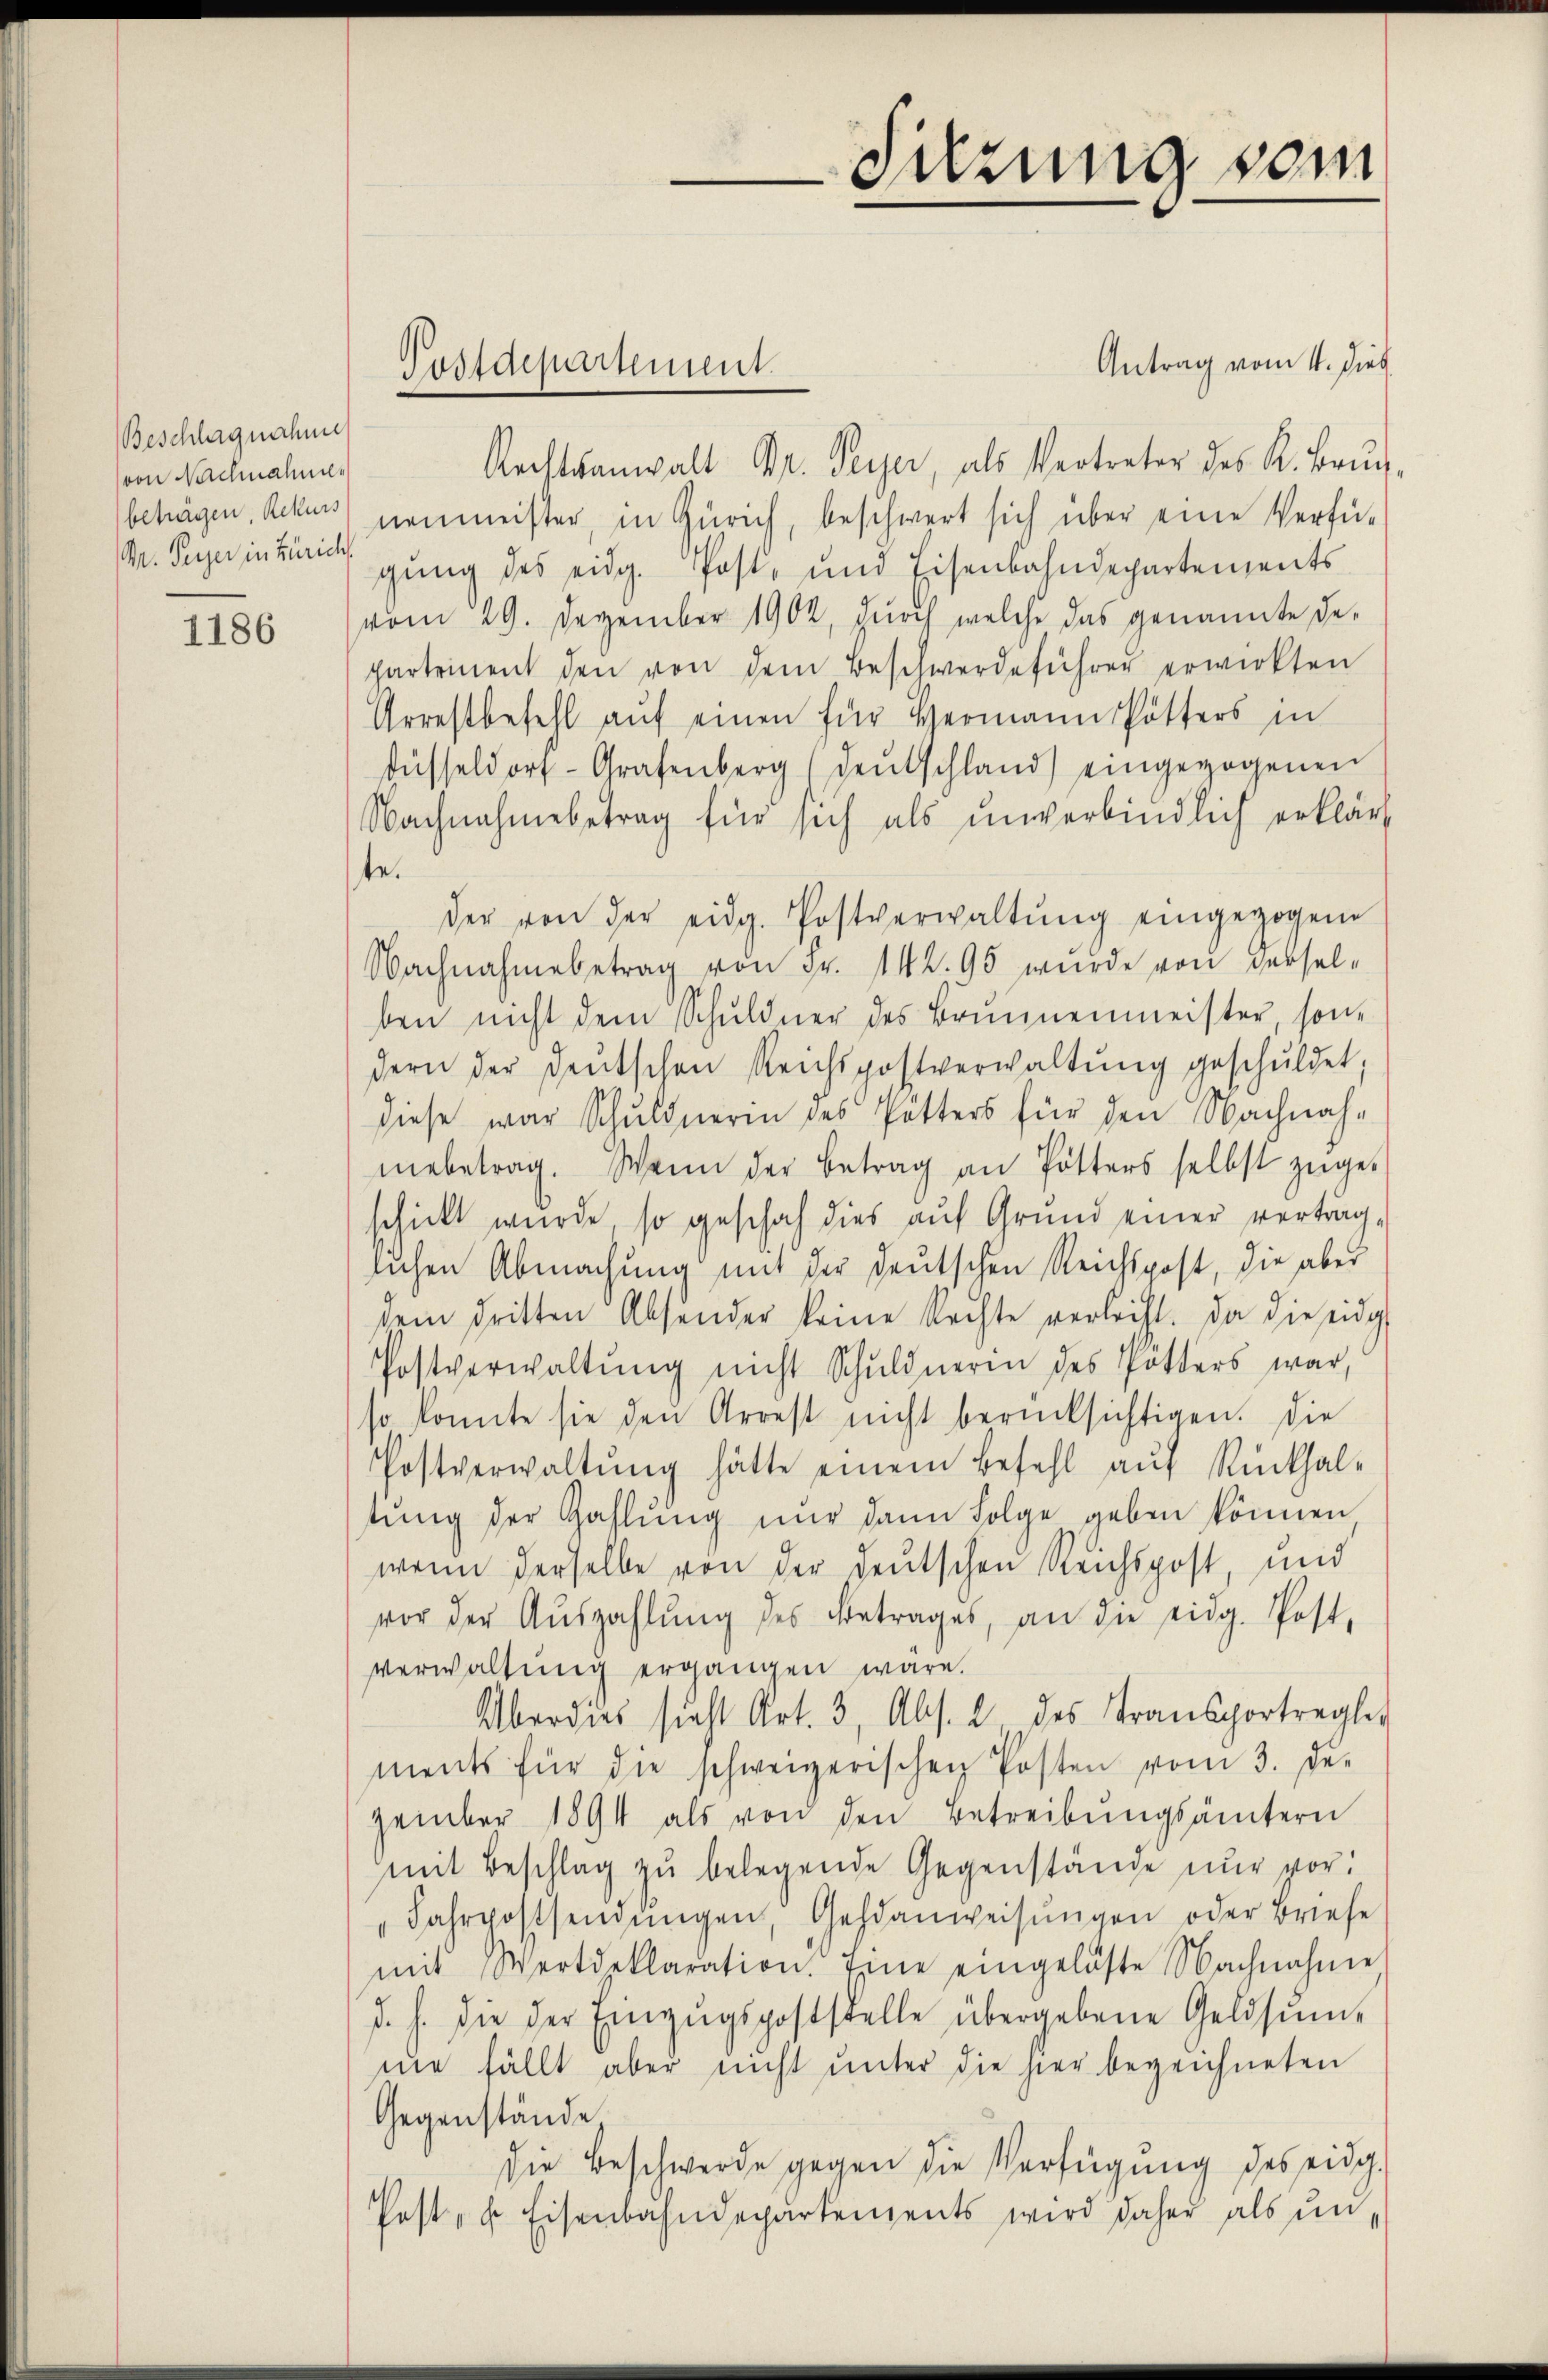
Beschlagnahme
von Nachnahmen
M. Perger in Zürich

1186

Antrag vom 4. dies
Rechtsanwalt Dr. Peyer, als Vertreter des R. Bruch
beträgen, Rekurs, nenmeister, in Zürich, beschwert sich über eine Verfü-
gŭng des eidg. Post- und Eisenbahndepartements
vom 29. Dezember 1902, durch welche das genannte de-
partement den von dem Beschwerdeführer erwirkten
Arrestbefehl aŭf einen für Hermann Pötters in
Füsseldorf- Grafenberg (deŭtschland) eingezogenen
Nachnahmebetrag für sich als unverbindlich erklärt
te.
der von der eidg. Postverwaltŭng eingezogen
Nachnahmebetrag von Fr. 142. 95 wurde von derselben nicht dem Schuldner des Brunnenmeister, sondern der deŭtschen Reichspostverwaltŭng geschuldet.
diese war Schuldnerin des Pötters für den Nachnah-
mebetrag. Wenn der Betrag an Potters selbst zŭges
schickt wurde, so geschah dies aŭf Grund einer vertrag,
lichen Abmachung mit der deutschen Reichspost, die aber
dem dritten Absender keine Rechte verleiht. Da die eidg
Postverwaltŭng nicht Schuldnerin des Pötters war,
so konnte sie den Arrest nicht berücksichtigen. Die
Postverwaltŭng hätte einem Befehl auf Rückhal-
tung der Zahlung nur dann Folge geben können
wenn derselbe von der deutschen Reichspost, und
vor der Aŭszahlŭng des Betrages, an die eidg. Post,
verwaltung ergangen wäre.
Überdies sieht Art. 3, Abs. 2 des Transportregler
ments für die schweizerischen Posten vom 3. De-
zember 1894 als von den Betreibŭngsämtern
mit Beschlag zŭ belegende Gegenstände nur vor:
"Jahrpostsendŭngen, Geldanweisŭngen oder Briefe
mit Wertdeklaration. Eine eingelaste Nachnahme
d. h. die der Einzŭgspoststelle übergebene Geldsŭm-
nie fällt aber nicht ŭnter die hier bezeichneten
Gegenstände
die Beschwerde gegen die Verfügung des eidg.
Post- u. Eisenbahndepartenzents wird daher als ŭn-

Postdepartement.

Sitzung vom